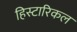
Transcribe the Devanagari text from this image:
हिस्टारिकल